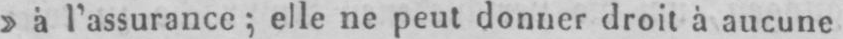
»à l’assurance; elle ne peut donner droit à aucune